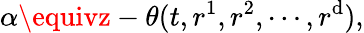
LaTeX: \alpha\equivz-\theta(t,r^{1},r^{2},\cdots,r^{\mathrm{d}}),